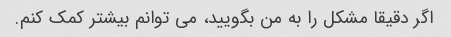
اگر دقیقا مشکل را به من بگویید، می توانم بیشتر کمک کنم.